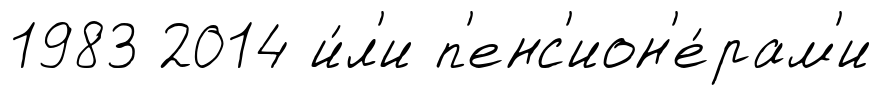
1983 2014 и́л'и п'енс'ион'е́рам'и